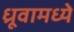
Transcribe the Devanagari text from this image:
ध्रूवामध्ये